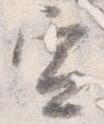
宣